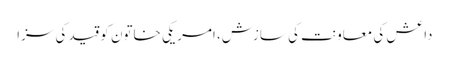
داعش کی معاونت کی سازش، امریکی خاتون کو قید کی سزا